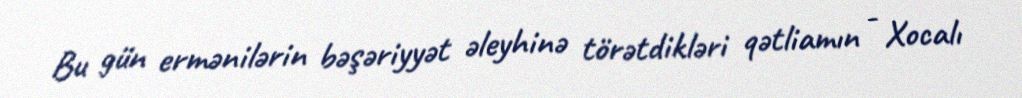
Bu gün ermənilərin bəşəriyyət əleyhinə törətdikləri qətliamın - Xocalı